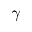
\gamma